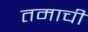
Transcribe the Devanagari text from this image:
तमाची